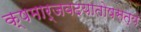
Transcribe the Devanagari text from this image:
क्षमार्जवदयातोषसत्यं